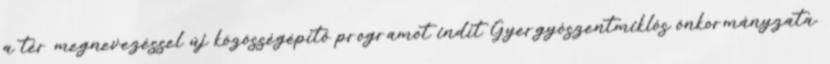
a tér megnevezéssel új közösségépítő programot indít Gyergyószentmiklós önkormányzata.